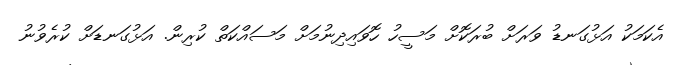
އެކަމަކު އަޅުގަނޑު ވަރަށް ބުރަކޮށް މަސީހު ހޮވައިދިނުމަށް މަަސައްކަތް ކުރިން. އަޅުގަނޑަށް ކުރެވުނު